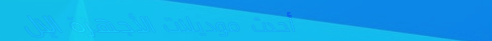
أحدث موديلات الأجهزة الإل